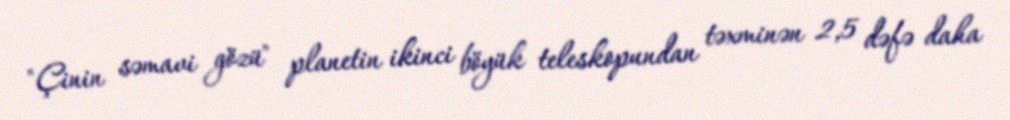
"Çinin səmavi gözü" planetin ikinci böyük teleskopundan təxminən 2,5 dəfə daha